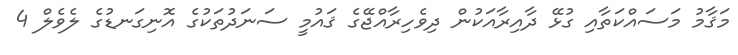
މަޤާމު މަސައްކަތާއި ގުޅޭ ދާއިރާއަކުން ދިވެހިރާއްޖޭގެ ޤައުމީ ސަނަދުތަކުގެ އޮނިގަނޑުގެ ލެވެލް 4